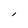
Character: l